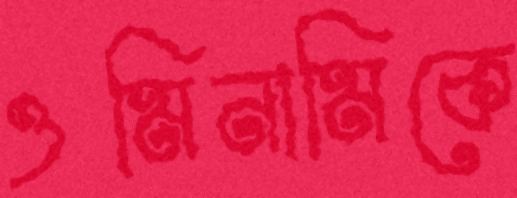
ওমিনামিকে